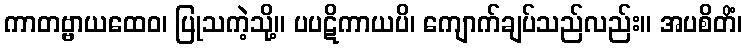
ကာတဗ္ဗာယထေဝ၊ ပြုသကဲ့သို့။ ပပဋိကာယပိ၊ ကျောက်ချပ်သည်လည်း။ အပစိတိံ၊